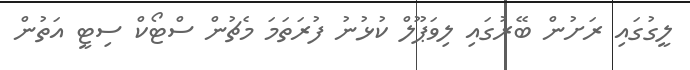
ލީގުގައި ރަށުން ބޭރުގައި ލިވަޕޫލް ކުޅުނު ފުރަތަމަ މެޗުން ސްޓޯކް ސިޓީ އަތުން